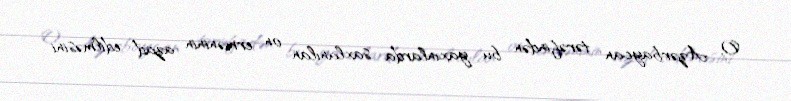
O, Azərbaycan tərəfindən bu yaxınlarda saxlanılan on erməninin azad edilməsini